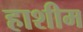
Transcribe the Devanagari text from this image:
हाशीम